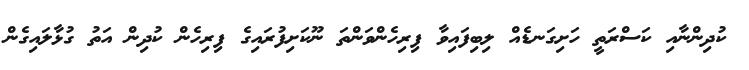
ކުދިންނާއި ކަސްރަތީ ހަށިގަނޑެއް ލިބިފައިވާ ފިރިހެންވަންތަ ނޫކަށިފުރައިގެ ފިރިހެން ކުދިން އަތު ގުޅާލައިގެން